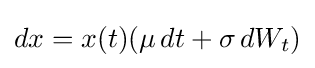
dx=x(t)(\mu \,dt+\sigma \,dW_{t})